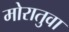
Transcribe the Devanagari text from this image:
मोरातुवा